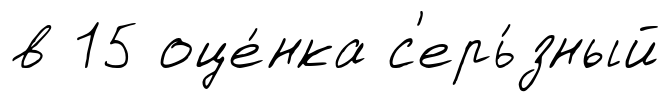
в 15 оце́нка с'ерь́зный